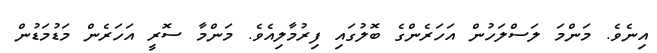
އިނެވެ. މަންމަ ލަސްލަހުން އަހަރެންގެ ބޮލުގައި ފިރުމާލިއެވެ. މަންމާ ސޮރީ އަހަރެން މަޑުމަޑުން